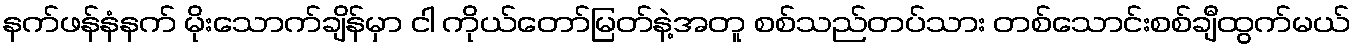
နက်ဖန်နံနက် မိုးသောက်ချိန်မှာ ငါ ကိုယ်တော်မြတ်နဲ့အတူ စစ်သည်တပ်သား တစ်သောင်းစစ်ချီထွက်မယ်